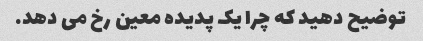
توضیح دهید که چرا یک پدیده معین رخ می دهد.